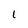
Character: 1